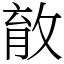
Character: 𰕎